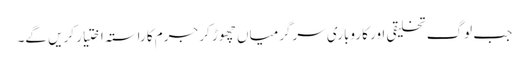
جب لوگ تخلیقی اور کاروباری سرگرمیاں چھوڑ کر جرم کا راستہ اختیار کریں گے۔